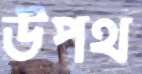
উপথ